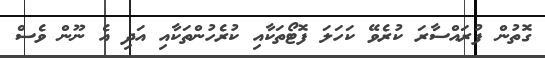
ގޮތުން ފުރައްސާރަ ކުރެވޭ ކަހަލަ ފޮޓޯތަކާއި ކުރެހުންތަކާއި އަދި އެ ނޫން ވެސް